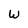
Character: W